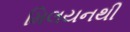
મિલયનથી